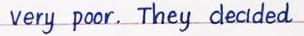
very poor. They decided